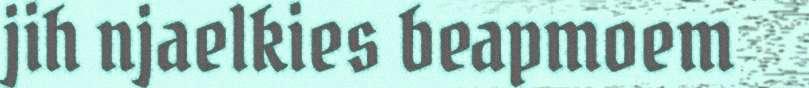
jih njaelkies beapmoem